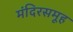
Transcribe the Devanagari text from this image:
मंदिरसमूह